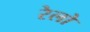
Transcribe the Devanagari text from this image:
रेलो